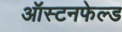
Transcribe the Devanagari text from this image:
ऑस्टनफेल्ड